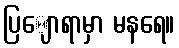
ပြျောရာမှာ မနရေ။